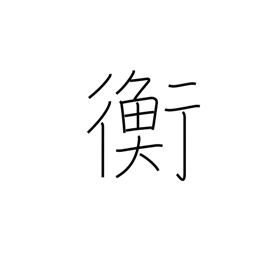
Meaning: equilibrium